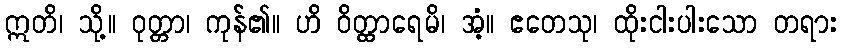
ဣတိ၊ သို့။ ဝုတ္တာ၊ ကုန်၏။ ဟိ ဝိတ္ထာရေမိ၊ အံ့။ ဧတေသု၊ ထိုးငါးပါးသော တရား